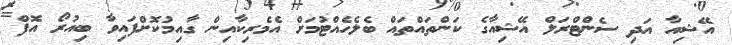
އޭޝިއާ އަދި ސެންޓްރަލް އޭޝިއާގެ ކަންތައްތައް ބެލެހެއްޓުމަށް އެމެރިކާއިން ގާއިމުކޮށްފައިވާ ބިއުރޯ އޮފް